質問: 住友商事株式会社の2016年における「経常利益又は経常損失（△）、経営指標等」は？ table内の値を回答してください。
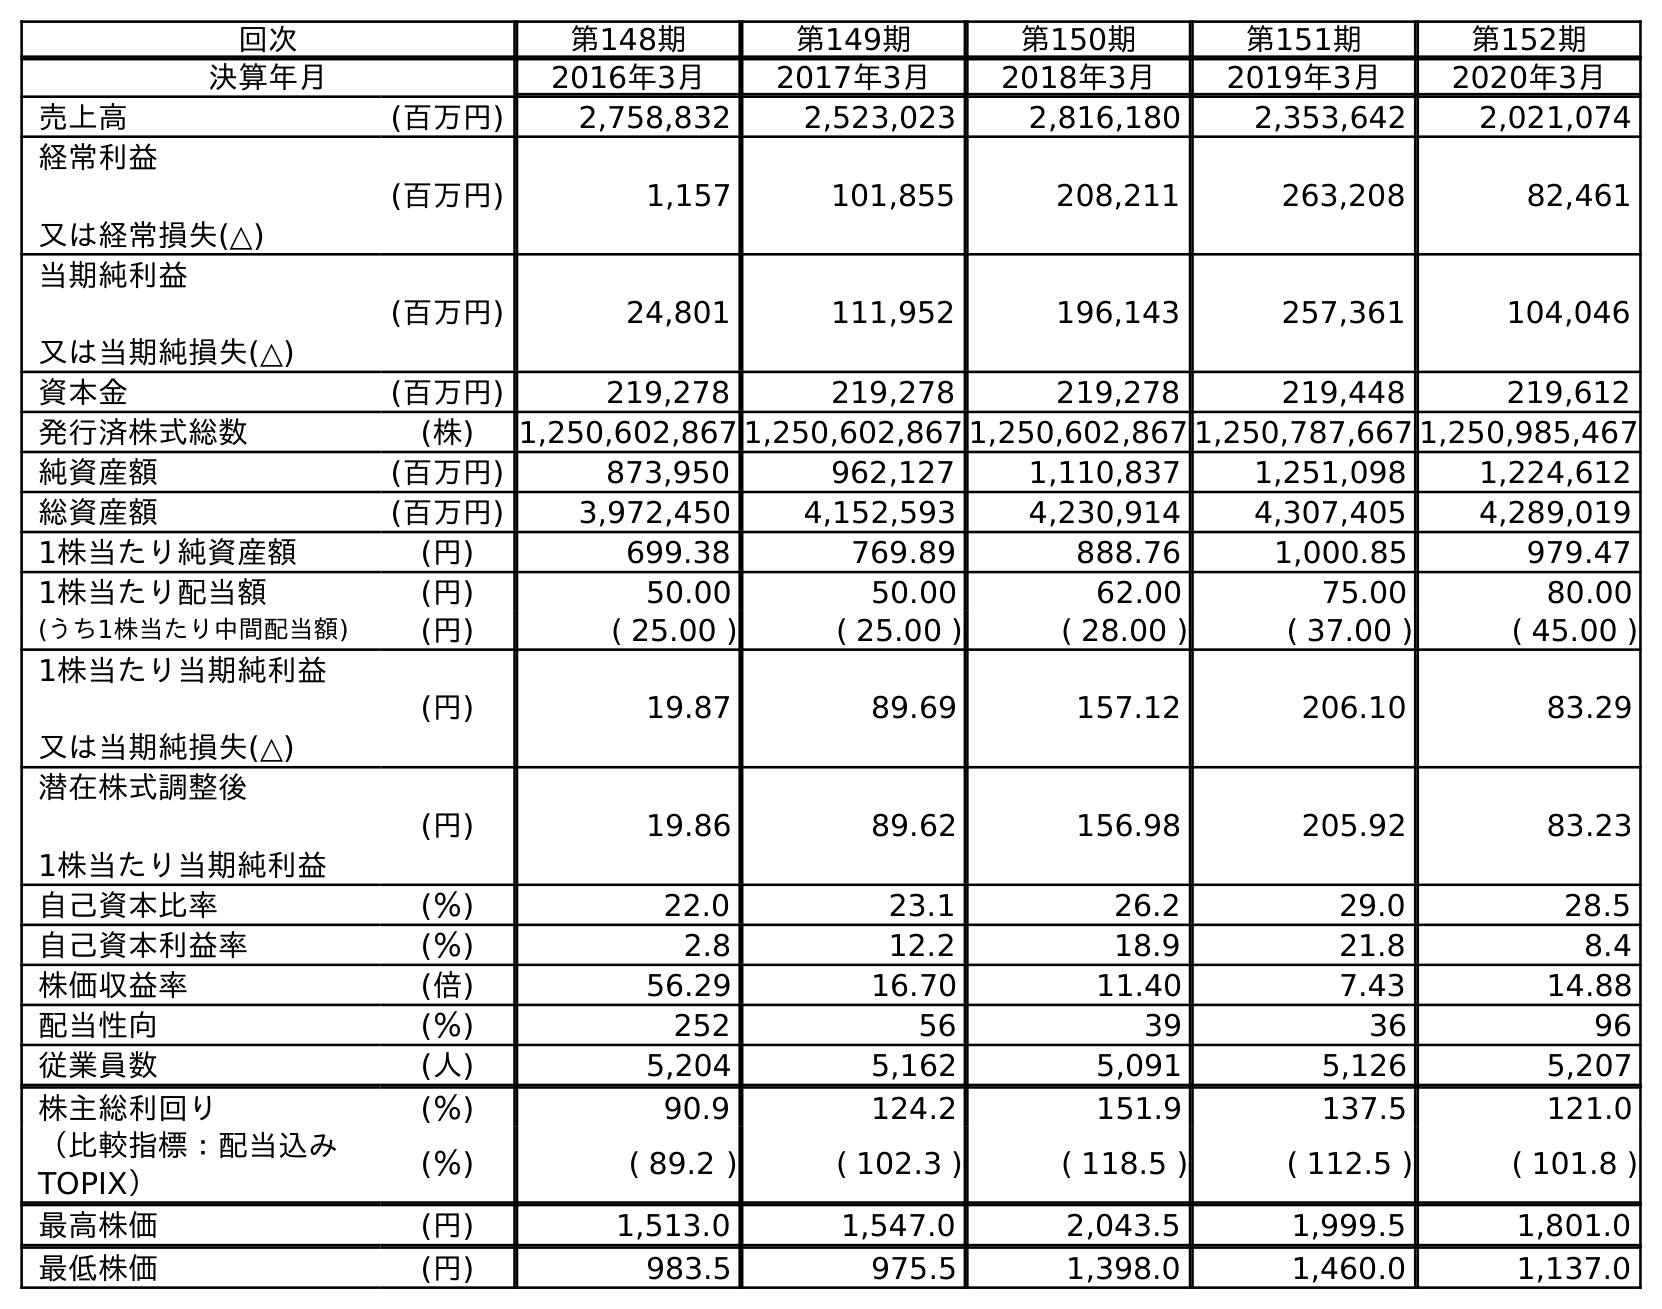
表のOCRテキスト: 回次 第148期 第149期 第150期 第151期 第152期 決算年月 2016年3月 2017年3月 2018年3月 2019年3月 2020年3月 売上高 (百万円) 2,758,832 2,523,023 2,816,180 2,353,642 2,021,074 経常利益 又は経常損失(△) (百万円) 1,157 101,855 208,211 263,208 82,461 当期純利益 又は当期純損失(△) (百万円) 24,801 111,952 196,143 257,361 104,046 資本金 (百万円) 219,278 219,278 219,278 219,448 219,612 発行済株式総数 (株) 1,250,602,867 1,250,602,867 1,250,602,867 1,250,787,667 1,250,985,467 純資産額 (百万円) 873,950 962,127 1,110,837 1,251,098 1,224,612 総資産額 (百万円) 3,972,450 4,152,593 4,230,914 4,307,405 4,289,019 1株当たり純資産額 (円) 699.38 769.89 888.76 1,000.85 979.47 1株当たり配当額 (円) 50.00 50.00 62.00 75.00 80.00 (うち1株当たり中間配当額) (円) ( 25.00 ) ( 25.00 ) ( 28.00 ) ( 37.00 ) ( 45.00 ) 1株当たり当期純利益 又は当期純損失(△) (円) 19.87 89.69 157.12 206.10 83.29 潜在株式調整後 1株当たり当期純利益 (円) 19.86 89.62 156.98 205.92 83.23 自己資本比率 (％) 22.0 23.1 26.2 29.0 28.5 自己資本利益率 (％) 2.8 12.2 18.9 21.8 8.4 株価収益率 (倍) 56.29 16.70 11.40 7.43 14.88 配当性向 (％) 252 56 39 36 96 従業員数 (人) 5,204 5,162 5,091 5,126 5,207 株主総利回り (％) 90.9 124.2 151.9 137.5 121.0 （比較指標：配当込み TOPIX） (％) ( 89.2 ) ( 102.3 ) ( 118.5 ) ( 112.5 ) ( 101.8 ) 最高株価 (円) 1,513.0 1,547.0 2,043.5 1,999.5 1,801.0 最低株価 (円) 983.5 975.5 1,398.0 1,460.0 1,137.0
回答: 1,157